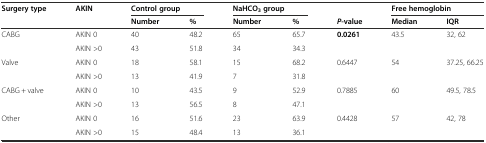
| Surgery type | AKIN | <COLSPAN=2> Control group | <COLSPAN=2> NaHCO3group |  | <COLSPAN=2> Free hemoglobin |
 |  |  | Number | % | Number | % | P-value | Median | IQR |
 | --- | --- | --- | --- | --- | --- | --- | --- | --- |
 | CABG | AKIN 0 | 40 | 48.2 | 65 | 65.7 | <ROWSPAN=2> 0.0261 | <ROWSPAN=2> 43.5 | <ROWSPAN=2> 32, 62 |
 |  | AKIN >0 | 43 | 51.8 | 34 | 34.3 |
 | Valve | AKIN 0 | 18 | 58.1 | 15 | 68.2 | <ROWSPAN=2> 0.6447 | <ROWSPAN=2> 54 | <ROWSPAN=2> 37.25, 66.25 |
 |  | AKIN >0 | 13 | 41.9 | 7 | 31.8 |
 | CABG + valve | AKIN 0 | 10 | 43.5 | 9 | 52.9 | <ROWSPAN=2> 0.7885 | <ROWSPAN=2> 60 | <ROWSPAN=2> 49.5, 78.5 |
 |  | AKIN >0 | 13 | 56.5 | 8 | 47.1 |
 | Other | AKIN 0 | 16 | 51.6 | 23 | 63.9 | <ROWSPAN=2> 0.4428 | <ROWSPAN=2> 57 | <ROWSPAN=2> 42, 78 |
 |  | AKIN >0 | 15 | 48.4 | 13 | 36.1 |